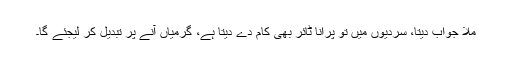
ملّا جواب دیتا، سردیوں میں تو پرانا ٹائر بھی کام دے دیتا ہے، گرمیاں آنے پر تبدیل کر لیجئے گا۔